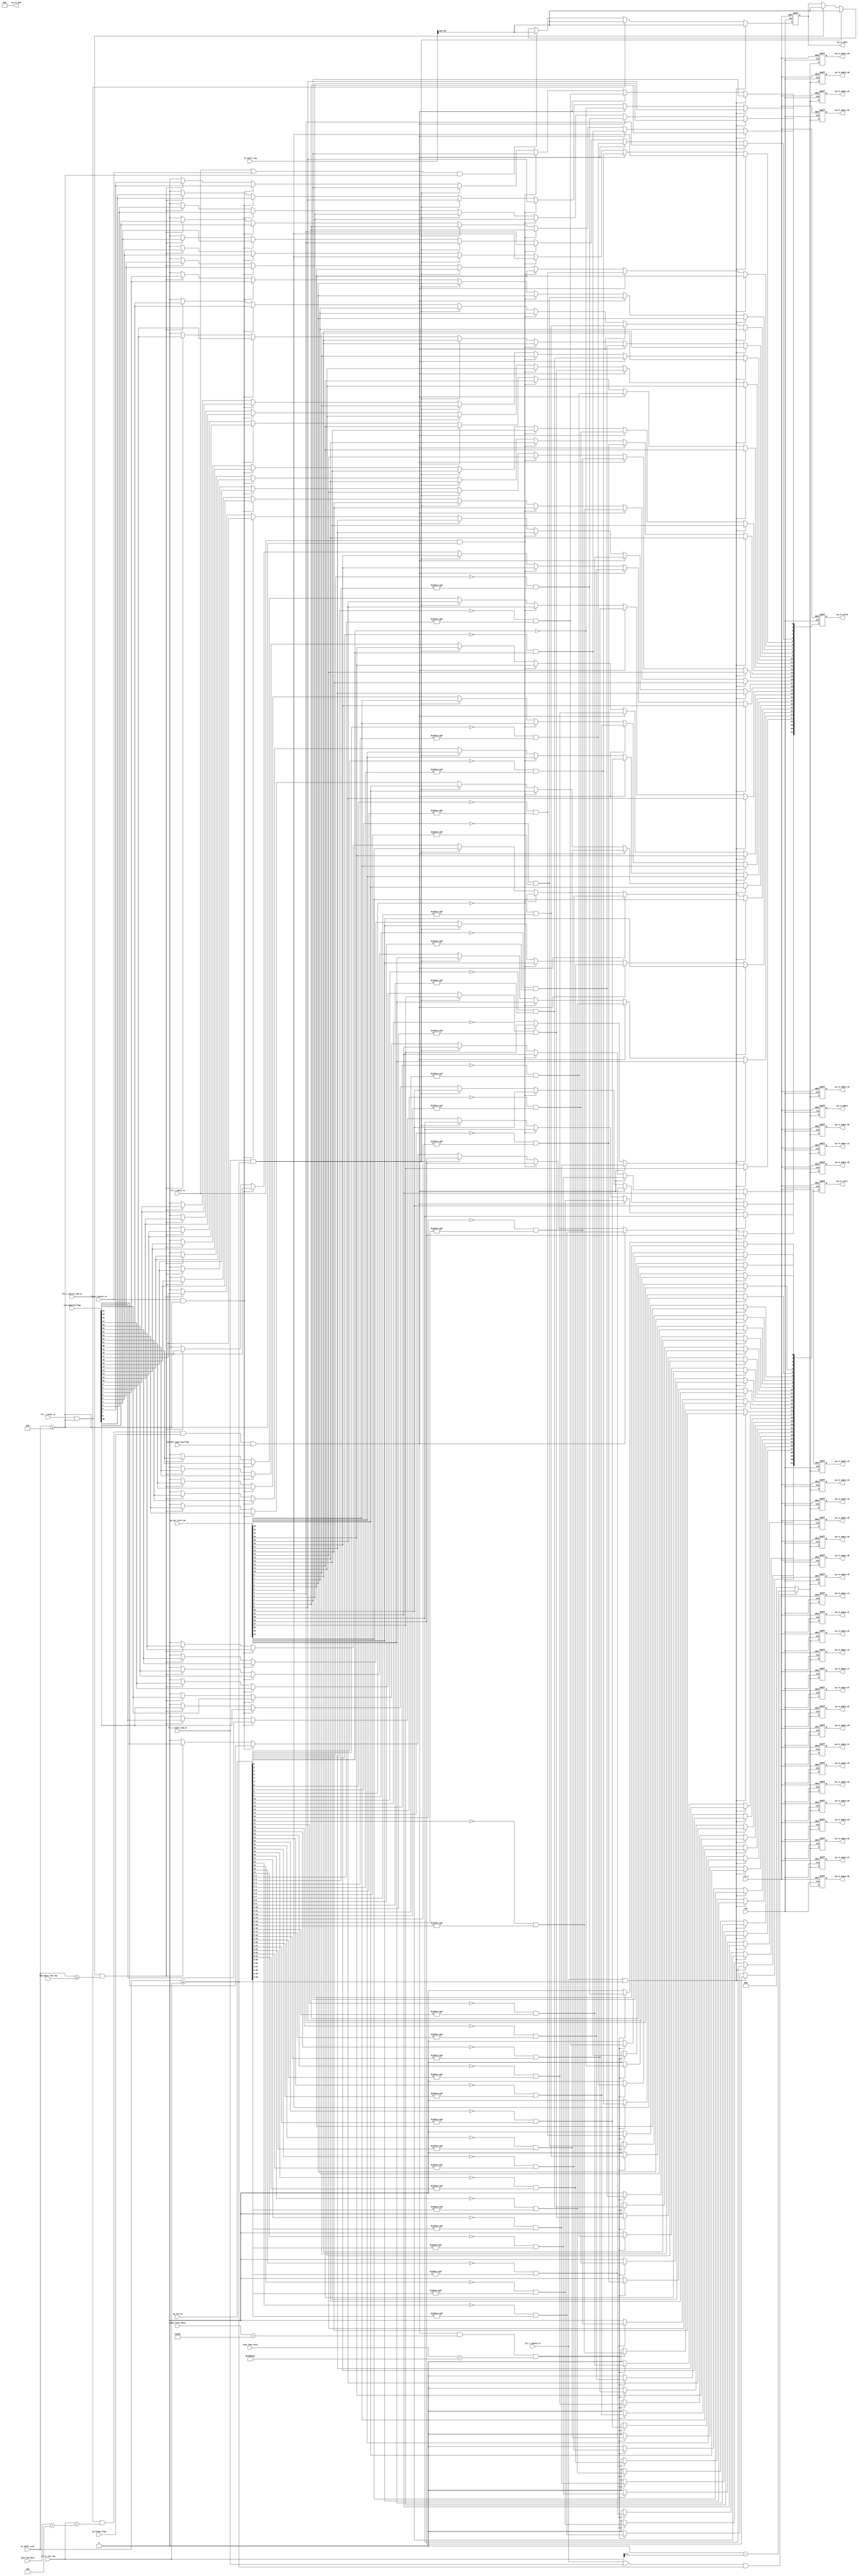

`timescale 1ns/1ns

module fir_cut_out (
sq_cut_on          ,
sq_cut_first_on    ,
tcp_sqmatch_flag   ,
current_sqid_reg_flag ,
sync_len_byte      ,
sync_fisrt_byte    ,
sync_four_byte     ,
sq_rx_start        , 
sq_rx_end          ,
sq_rx_valid        , 
sq_rx_data         , 
sq_rx_empty        ,
sq_rx_empty_01     ,     
sq_rx_empty_02     ,
sq_rx_empty_03     ,
sq_rx_empty_04     ,
sq_rx_empty_05     ,
sq_rx_empty_06     ,
sq_rx_empty_07     ,
sq_rx_empty_08     ,
sq_rx_empty_09     ,
sq_rx_empty_10     ,
sq_rx_empty_11     ,
sq_rx_empty_12     ,
sq_rx_empty_13     ,
sq_rx_empty_14     ,
sq_rx_empty_15     ,
sq_rx_empty_16     ,
sq_rx_empty_17     ,
sq_rx_empty_18     ,
sq_rx_empty_19     ,
sq_rx_empty_20     ,
sq_rx_empty_21     ,
sq_rx_empty_22     ,
sq_rx_empty_23     ,
sq_rx_empty_24     ,
sq_rx_empty_25     ,
sq_rx_empty_26     ,
sq_rx_empty_27     ,
sq_rx_empty_28     ,
sq_rx_empty_29     ,
sq_rx_empty_30     ,
sq_rx_empty_31     ,

fir_r_sqcuth_st     ,
fir_r_vsync_st      ,
fir_r_sqrcut_st     ,
fir_r_sqrcut_end_st ,

fir_r_sqcut_st     ,
fir_r_sqcut_end_st ,
sub_sqcut_len_reg  ,


st_shift_ccnt      ,  
st_rx_cnt_reg      ,
sq_frame_flag      ,
st_shift_reg       ,
clk                ,
rst_n
);

input                      clk              ;
input                      rst_n          ;

input   [31:0]             sq_cut_on          ;
input   [31:0]             sq_cut_first_on    ;
input   [31:0]             tcp_sqmatch_flag   ;

input                      current_sqid_reg_flag ;

output  [31:0]             sq_rx_start        ; 
output  [31:0]             sq_rx_end          ;
output  [31:0]             sq_rx_valid        ; 
output  [63:0]             sq_rx_data         ; 
output  [ 2:0]             sq_rx_empty        ;
output  [ 2:0]             sq_rx_empty_01        ; 
output  [ 2:0]             sq_rx_empty_02        ; 
output  [ 2:0]             sq_rx_empty_03        ; 
output  [ 2:0]             sq_rx_empty_04        ; 
output  [ 2:0]             sq_rx_empty_05        ; 
output  [ 2:0]             sq_rx_empty_06        ; 
output  [ 2:0]             sq_rx_empty_07        ; 
output  [ 2:0]             sq_rx_empty_08        ; 
output  [ 2:0]             sq_rx_empty_09        ; 
output  [ 2:0]             sq_rx_empty_10        ; 
output  [ 2:0]             sq_rx_empty_11        ; 
output  [ 2:0]             sq_rx_empty_12        ; 
output  [ 2:0]             sq_rx_empty_13        ; 
output  [ 2:0]             sq_rx_empty_14        ; 
output  [ 2:0]             sq_rx_empty_15        ; 
output  [ 2:0]             sq_rx_empty_16        ; 
output  [ 2:0]             sq_rx_empty_17        ; 
output  [ 2:0]             sq_rx_empty_18        ; 
output  [ 2:0]             sq_rx_empty_19        ; 
output  [ 2:0]             sq_rx_empty_20        ; 
output  [ 2:0]             sq_rx_empty_21        ; 
output  [ 2:0]             sq_rx_empty_22        ; 
output  [ 2:0]             sq_rx_empty_23        ; 
output  [ 2:0]             sq_rx_empty_24        ; 
output  [ 2:0]             sq_rx_empty_25        ; 
output  [ 2:0]             sq_rx_empty_26        ; 
output  [ 2:0]             sq_rx_empty_27        ; 
output  [ 2:0]             sq_rx_empty_28        ; 
output  [ 2:0]             sq_rx_empty_29        ; 
output  [ 2:0]             sq_rx_empty_30        ;
output  [ 2:0]             sq_rx_empty_31        ; 

 
input                      fir_r_sqcuth_st    ;
input                      fir_r_vsync_st     ;
input                      fir_r_sqrcut_st     ;
input                      fir_r_sqrcut_end_st ;

input   [  5:0]            sub_sqcut_len_reg  ;
input                      fir_r_sqcut_st     ;
input                      fir_r_sqcut_end_st ;



input   [  5:0]            st_shift_ccnt      ;  
input   [ 15:0]            st_rx_cnt_reg      ;
input                      sq_frame_flag      ;
input   [191:0]            st_shift_reg       ;
input   [ 15:0]            sync_len_byte      ;
input   [ 15:0]            sync_fisrt_byte     ;
input   [ 31:0]            sync_four_byte      ;

//output  [15:0]             sq_rx_cnt          ;

//////////////////////////////////////////////////////////////////////////////////////////////////
reg     [31:0]            sq_rx_start        ; 
reg     [31:0]            sq_rx_valid        ; 
reg     [63:0]            sq_rx_data         ; 
reg     [ 2:0]            sq_rx_empty        ; 
reg     [ 2:0]            sq_rx_empty_01        ; 
reg     [ 2:0]            sq_rx_empty_02        ; 
reg     [ 2:0]            sq_rx_empty_03        ; 
reg     [ 2:0]            sq_rx_empty_04        ; 
reg     [ 2:0]            sq_rx_empty_05        ; 
reg     [ 2:0]            sq_rx_empty_06        ; 
reg     [ 2:0]            sq_rx_empty_07        ; 
reg     [ 2:0]            sq_rx_empty_08        ; 
reg     [ 2:0]            sq_rx_empty_09        ; 
reg     [ 2:0]            sq_rx_empty_10        ; 
reg     [ 2:0]            sq_rx_empty_11        ; 
reg     [ 2:0]            sq_rx_empty_12        ; 
reg     [ 2:0]            sq_rx_empty_13        ; 
reg     [ 2:0]            sq_rx_empty_14        ; 
reg     [ 2:0]            sq_rx_empty_15        ; 
reg     [ 2:0]            sq_rx_empty_16        ; 
reg     [ 2:0]            sq_rx_empty_17        ; 
reg     [ 2:0]            sq_rx_empty_18        ; 
reg     [ 2:0]            sq_rx_empty_19        ; 
reg     [ 2:0]            sq_rx_empty_20        ; 
reg     [ 2:0]            sq_rx_empty_21        ; 
reg     [ 2:0]            sq_rx_empty_22        ; 
reg     [ 2:0]            sq_rx_empty_23        ; 
reg     [ 2:0]            sq_rx_empty_24        ; 
reg     [ 2:0]            sq_rx_empty_25        ; 
reg     [ 2:0]            sq_rx_empty_26        ; 
reg     [ 2:0]            sq_rx_empty_27        ; 
reg     [ 2:0]            sq_rx_empty_28        ; 
reg     [ 2:0]            sq_rx_empty_29        ; 
reg     [ 2:0]            sq_rx_empty_30        ;
reg     [ 2:0]            sq_rx_empty_31        ; 



wire   [31:0]             sq_rx_end      = 32'd0     ;

//////////////////////////////////////////////////////////////////////////////////////////////////

always@ ( negedge rst_n  or posedge clk)
begin
  if (~rst_n) begin
      sq_rx_start   <=  32'd0    ;
  end
  else if ( fir_r_sqcuth_st && (st_shift_ccnt>=st_rx_cnt_reg)  ) begin
      sq_rx_start[ 0]   <=     sq_cut_first_on[ 0]; 
	  sq_rx_start[ 1]   <=     sq_cut_first_on[ 1]; 
	  sq_rx_start[ 2]   <=     sq_cut_first_on[ 2]; 
	  sq_rx_start[ 3]   <=     sq_cut_first_on[ 3]; 
	  sq_rx_start[ 4]   <=     sq_cut_first_on[ 4]; 
	  sq_rx_start[ 5]   <=     sq_cut_first_on[ 5]; 
	  sq_rx_start[ 6]   <=     sq_cut_first_on[ 6]; 
	  sq_rx_start[ 7]   <=     sq_cut_first_on[ 7]; 
	  sq_rx_start[ 8]   <=     sq_cut_first_on[ 8]; 
	  sq_rx_start[ 9]   <=     sq_cut_first_on[ 9]; 
	  sq_rx_start[10]   <=     sq_cut_first_on[10]; 
	  sq_rx_start[11]   <=     sq_cut_first_on[11]; 
	  sq_rx_start[12]   <=     sq_cut_first_on[12]; 
	  sq_rx_start[13]   <=     sq_cut_first_on[13]; 
	  sq_rx_start[14]   <=     sq_cut_first_on[14]; 
	  sq_rx_start[15]   <=     sq_cut_first_on[15]; 
	  sq_rx_start[16]   <=     sq_cut_first_on[16]; 
	  sq_rx_start[17]   <=     sq_cut_first_on[17]; 
	  sq_rx_start[18]   <=     sq_cut_first_on[18]; 
	  sq_rx_start[19]   <=     sq_cut_first_on[19]; 
	  sq_rx_start[20]   <=     sq_cut_first_on[20]; 
	  sq_rx_start[21]   <=     sq_cut_first_on[21]; 
	  sq_rx_start[22]   <=     sq_cut_first_on[22]; 
	  sq_rx_start[23]   <=     sq_cut_first_on[23]; 
	  sq_rx_start[24]   <=     sq_cut_first_on[24]; 
	  sq_rx_start[25]   <=     sq_cut_first_on[25]; 
	  sq_rx_start[26]   <=     sq_cut_first_on[26]; 
	  sq_rx_start[27]   <=     sq_cut_first_on[27]; 
	  sq_rx_start[28]   <=     sq_cut_first_on[28]; 
	  sq_rx_start[29]   <=     sq_cut_first_on[29]; 
	  sq_rx_start[30]   <=     sq_cut_first_on[30]; 
	  sq_rx_start[31]   <=     sq_cut_first_on[31]; 
  end
  else if ( fir_r_vsync_st && (st_shift_ccnt>=6'd8) &&   ( st_rx_cnt_reg<(sync_len_byte+16'd4) ) &&  sq_frame_flag &&  current_sqid_reg_flag &&  (sync_fisrt_byte==16'h0200)&&(sync_four_byte==32'h0100_044c)  ) begin
      sq_rx_start[ 0]   <=    ~sq_cut_on[ 0]                       ; 
	  sq_rx_start[ 1]   <=    ~sq_cut_on[ 1] && ( sq_cut_on[   0]) ; 
	  sq_rx_start[ 2]   <=    ~sq_cut_on[ 2] && (&sq_cut_on[ 1:0]) ; 
	  sq_rx_start[ 3]   <=    ~sq_cut_on[ 3] && (&sq_cut_on[ 2:0]) ; 
	  sq_rx_start[ 4]   <=    ~sq_cut_on[ 4] && (&sq_cut_on[ 3:0]) ; 
	  sq_rx_start[ 5]   <=    ~sq_cut_on[ 5] && (&sq_cut_on[ 4:0]) ; 
	  sq_rx_start[ 6]   <=    ~sq_cut_on[ 6] && (&sq_cut_on[ 5:0]) ; 
	  sq_rx_start[ 7]   <=    ~sq_cut_on[ 7] && (&sq_cut_on[ 6:0]) ; 
	  sq_rx_start[ 8]   <=    ~sq_cut_on[ 8] && (&sq_cut_on[ 7:0]) ; 
	  sq_rx_start[ 9]   <=    ~sq_cut_on[ 9] && (&sq_cut_on[ 8:0]) ; 
	  sq_rx_start[10]   <=    ~sq_cut_on[10] && (&sq_cut_on[ 9:0]) ; 
	  sq_rx_start[11]   <=    ~sq_cut_on[11] && (&sq_cut_on[10:0]) ; 
	  sq_rx_start[12]   <=    ~sq_cut_on[12] && (&sq_cut_on[11:0]) ; 
	  sq_rx_start[13]   <=    ~sq_cut_on[13] && (&sq_cut_on[12:0]) ; 
	  sq_rx_start[14]   <=    ~sq_cut_on[14] && (&sq_cut_on[13:0]) ; 
	  sq_rx_start[15]   <=    ~sq_cut_on[15] && (&sq_cut_on[14:0]) ; 
	  sq_rx_start[16]   <=    ~sq_cut_on[16] && (&sq_cut_on[15:0]) ; 
	  sq_rx_start[17]   <=    ~sq_cut_on[17] && (&sq_cut_on[16:0]) ; 
	  sq_rx_start[18]   <=    ~sq_cut_on[18] && (&sq_cut_on[17:0]) ; 
	  sq_rx_start[19]   <=    ~sq_cut_on[19] && (&sq_cut_on[18:0]) ; 
	  sq_rx_start[20]   <=    ~sq_cut_on[20] && (&sq_cut_on[19:0]) ; 
	  sq_rx_start[21]   <=    ~sq_cut_on[21] && (&sq_cut_on[20:0]) ; 
	  sq_rx_start[22]   <=    ~sq_cut_on[22] && (&sq_cut_on[21:0]) ; 
	  sq_rx_start[23]   <=    ~sq_cut_on[23] && (&sq_cut_on[22:0]) ; 
	  sq_rx_start[24]   <=    ~sq_cut_on[24] && (&sq_cut_on[23:0]) ; 
	  sq_rx_start[25]   <=    ~sq_cut_on[25] && (&sq_cut_on[24:0]) ; 
	  sq_rx_start[26]   <=    ~sq_cut_on[26] && (&sq_cut_on[25:0]) ; 
	  sq_rx_start[27]   <=    ~sq_cut_on[27] && (&sq_cut_on[26:0]) ; 
	  sq_rx_start[28]   <=    ~sq_cut_on[28] && (&sq_cut_on[27:0]) ; 
	  sq_rx_start[29]   <=    ~sq_cut_on[29] && (&sq_cut_on[28:0]) ; 
	  sq_rx_start[30]   <=    ~sq_cut_on[30] && (&sq_cut_on[29:0]) ; 
	  sq_rx_start[31]   <=    ~sq_cut_on[31] && (&sq_cut_on[30:0]) ;        
  end 
  else begin
      sq_rx_start   <=  32'd0    ;
  end
end
//sq_rx_valid
always@ ( negedge rst_n  or posedge clk)
begin
  if (~rst_n) begin
      sq_rx_valid   <=  32'd0    ;
  end
  else if ( fir_r_sqcuth_st && (st_shift_ccnt>=st_rx_cnt_reg)  ) begin
	  sq_rx_valid[ 0]   <=     sq_cut_first_on[ 0]; 
	  sq_rx_valid[ 1]   <=     sq_cut_first_on[ 1]; 
	  sq_rx_valid[ 2]   <=     sq_cut_first_on[ 2]; 
	  sq_rx_valid[ 3]   <=     sq_cut_first_on[ 3]; 
	  sq_rx_valid[ 4]   <=     sq_cut_first_on[ 4]; 
	  sq_rx_valid[ 5]   <=     sq_cut_first_on[ 5]; 
	  sq_rx_valid[ 6]   <=     sq_cut_first_on[ 6]; 
	  sq_rx_valid[ 7]   <=     sq_cut_first_on[ 7]; 
	  sq_rx_valid[ 8]   <=     sq_cut_first_on[ 8]; 
	  sq_rx_valid[ 9]   <=     sq_cut_first_on[ 9]; 
	  sq_rx_valid[10]   <=     sq_cut_first_on[10]; 
	  sq_rx_valid[11]   <=     sq_cut_first_on[11]; 
	  sq_rx_valid[12]   <=     sq_cut_first_on[12]; 
	  sq_rx_valid[13]   <=     sq_cut_first_on[13]; 
	  sq_rx_valid[14]   <=     sq_cut_first_on[14]; 
	  sq_rx_valid[15]   <=     sq_cut_first_on[15]; 
	  sq_rx_valid[16]   <=     sq_cut_first_on[16]; 
	  sq_rx_valid[17]   <=     sq_cut_first_on[17]; 
	  sq_rx_valid[18]   <=     sq_cut_first_on[18]; 
	  sq_rx_valid[19]   <=     sq_cut_first_on[19]; 
	  sq_rx_valid[20]   <=     sq_cut_first_on[20]; 
	  sq_rx_valid[21]   <=     sq_cut_first_on[21]; 
	  sq_rx_valid[22]   <=     sq_cut_first_on[22]; 
	  sq_rx_valid[23]   <=     sq_cut_first_on[23]; 
	  sq_rx_valid[24]   <=     sq_cut_first_on[24]; 
	  sq_rx_valid[25]   <=     sq_cut_first_on[25]; 
	  sq_rx_valid[26]   <=     sq_cut_first_on[26]; 
	  sq_rx_valid[27]   <=     sq_cut_first_on[27]; 
	  sq_rx_valid[28]   <=     sq_cut_first_on[28]; 
	  sq_rx_valid[29]   <=     sq_cut_first_on[29]; 
	  sq_rx_valid[30]   <=     sq_cut_first_on[30]; 
	  sq_rx_valid[31]   <=     sq_cut_first_on[31]; 
  end
  else if ( fir_r_vsync_st && (st_shift_ccnt>=6'd8)   &&   ( st_rx_cnt_reg<(sync_len_byte+16'd4) )  &&   sq_frame_flag &&  current_sqid_reg_flag ) begin
	  sq_rx_valid[ 0]   <=    ~sq_cut_on[ 0]                       ; 
	  sq_rx_valid[ 1]   <=    ~sq_cut_on[ 1] && ( sq_cut_on[   0]) ; 
	  sq_rx_valid[ 2]   <=    ~sq_cut_on[ 2] && (&sq_cut_on[ 1:0]) ; 
	  sq_rx_valid[ 3]   <=    ~sq_cut_on[ 3] && (&sq_cut_on[ 2:0]) ; 
	  sq_rx_valid[ 4]   <=    ~sq_cut_on[ 4] && (&sq_cut_on[ 3:0]) ; 
	  sq_rx_valid[ 5]   <=    ~sq_cut_on[ 5] && (&sq_cut_on[ 4:0]) ; 
	  sq_rx_valid[ 6]   <=    ~sq_cut_on[ 6] && (&sq_cut_on[ 5:0]) ; 
	  sq_rx_valid[ 7]   <=    ~sq_cut_on[ 7] && (&sq_cut_on[ 6:0]) ; 
	  sq_rx_valid[ 8]   <=    ~sq_cut_on[ 8] && (&sq_cut_on[ 7:0]) ; 
	  sq_rx_valid[ 9]   <=    ~sq_cut_on[ 9] && (&sq_cut_on[ 8:0]) ; 
	  sq_rx_valid[10]   <=    ~sq_cut_on[10] && (&sq_cut_on[ 9:0]) ; 
	  sq_rx_valid[11]   <=    ~sq_cut_on[11] && (&sq_cut_on[10:0]) ; 
	  sq_rx_valid[12]   <=    ~sq_cut_on[12] && (&sq_cut_on[11:0]) ; 
	  sq_rx_valid[13]   <=    ~sq_cut_on[13] && (&sq_cut_on[12:0]) ; 
	  sq_rx_valid[14]   <=    ~sq_cut_on[14] && (&sq_cut_on[13:0]) ; 
	  sq_rx_valid[15]   <=    ~sq_cut_on[15] && (&sq_cut_on[14:0]) ; 
	  sq_rx_valid[16]   <=    ~sq_cut_on[16] && (&sq_cut_on[15:0]) ; 
	  sq_rx_valid[17]   <=    ~sq_cut_on[17] && (&sq_cut_on[16:0]) ; 
	  sq_rx_valid[18]   <=    ~sq_cut_on[18] && (&sq_cut_on[17:0]) ; 
	  sq_rx_valid[19]   <=    ~sq_cut_on[19] && (&sq_cut_on[18:0]) ; 
	  sq_rx_valid[20]   <=    ~sq_cut_on[20] && (&sq_cut_on[19:0]) ; 
	  sq_rx_valid[21]   <=    ~sq_cut_on[21] && (&sq_cut_on[20:0]) ; 
	  sq_rx_valid[22]   <=    ~sq_cut_on[22] && (&sq_cut_on[21:0]) ; 
	  sq_rx_valid[23]   <=    ~sq_cut_on[23] && (&sq_cut_on[22:0]) ; 
	  sq_rx_valid[24]   <=    ~sq_cut_on[24] && (&sq_cut_on[23:0]) ; 
	  sq_rx_valid[25]   <=    ~sq_cut_on[25] && (&sq_cut_on[24:0]) ; 
	  sq_rx_valid[26]   <=    ~sq_cut_on[26] && (&sq_cut_on[25:0]) ; 
	  sq_rx_valid[27]   <=    ~sq_cut_on[27] && (&sq_cut_on[26:0]) ; 
	  sq_rx_valid[28]   <=    ~sq_cut_on[28] && (&sq_cut_on[27:0]) ; 
	  sq_rx_valid[29]   <=    ~sq_cut_on[29] && (&sq_cut_on[28:0]) ; 
	  sq_rx_valid[30]   <=    ~sq_cut_on[30] && (&sq_cut_on[29:0]) ; 
	  sq_rx_valid[31]   <=    ~sq_cut_on[31] && (&sq_cut_on[30:0]) ; 
  end 
  else if ( fir_r_sqcut_st   && (st_shift_ccnt>=6'd8)   ) begin
      sq_rx_valid[ 0]   <=     sq_cut_first_on[ 0]; 
	  sq_rx_valid[ 1]   <=     sq_cut_first_on[ 1]; 
	  sq_rx_valid[ 2]   <=     sq_cut_first_on[ 2]; 
	  sq_rx_valid[ 3]   <=     sq_cut_first_on[ 3]; 
	  sq_rx_valid[ 4]   <=     sq_cut_first_on[ 4]; 
	  sq_rx_valid[ 5]   <=     sq_cut_first_on[ 5]; 
	  sq_rx_valid[ 6]   <=     sq_cut_first_on[ 6]; 
	  sq_rx_valid[ 7]   <=     sq_cut_first_on[ 7]; 
	  sq_rx_valid[ 8]   <=     sq_cut_first_on[ 8]; 
	  sq_rx_valid[ 9]   <=     sq_cut_first_on[ 9]; 
	  sq_rx_valid[10]   <=     sq_cut_first_on[10]; 
	  sq_rx_valid[11]   <=     sq_cut_first_on[11]; 
	  sq_rx_valid[12]   <=     sq_cut_first_on[12]; 
	  sq_rx_valid[13]   <=     sq_cut_first_on[13]; 
	  sq_rx_valid[14]   <=     sq_cut_first_on[14]; 
	  sq_rx_valid[15]   <=     sq_cut_first_on[15]; 
	  sq_rx_valid[16]   <=     sq_cut_first_on[16]; 
	  sq_rx_valid[17]   <=     sq_cut_first_on[17]; 
	  sq_rx_valid[18]   <=     sq_cut_first_on[18]; 
	  sq_rx_valid[19]   <=     sq_cut_first_on[19]; 
	  sq_rx_valid[20]   <=     sq_cut_first_on[20]; 
	  sq_rx_valid[21]   <=     sq_cut_first_on[21]; 
	  sq_rx_valid[22]   <=     sq_cut_first_on[22]; 
	  sq_rx_valid[23]   <=     sq_cut_first_on[23]; 
	  sq_rx_valid[24]   <=     sq_cut_first_on[24]; 
	  sq_rx_valid[25]   <=     sq_cut_first_on[25]; 
	  sq_rx_valid[26]   <=     sq_cut_first_on[26]; 
	  sq_rx_valid[27]   <=     sq_cut_first_on[27]; 
	  sq_rx_valid[28]   <=     sq_cut_first_on[28]; 
	  sq_rx_valid[29]   <=     sq_cut_first_on[29]; 
	  sq_rx_valid[30]   <=     sq_cut_first_on[30]; 
	  sq_rx_valid[31]   <=     sq_cut_first_on[31]; 
  end 
  else if ( fir_r_sqcut_end_st && (st_shift_ccnt>=st_rx_cnt_reg)   ) begin
      sq_rx_valid[ 0]   <=     sq_cut_first_on[ 0]; 
	  sq_rx_valid[ 1]   <=     sq_cut_first_on[ 1]; 
	  sq_rx_valid[ 2]   <=     sq_cut_first_on[ 2]; 
	  sq_rx_valid[ 3]   <=     sq_cut_first_on[ 3]; 
	  sq_rx_valid[ 4]   <=     sq_cut_first_on[ 4]; 
	  sq_rx_valid[ 5]   <=     sq_cut_first_on[ 5]; 
	  sq_rx_valid[ 6]   <=     sq_cut_first_on[ 6]; 
	  sq_rx_valid[ 7]   <=     sq_cut_first_on[ 7]; 
	  sq_rx_valid[ 8]   <=     sq_cut_first_on[ 8]; 
	  sq_rx_valid[ 9]   <=     sq_cut_first_on[ 9]; 
	  sq_rx_valid[10]   <=     sq_cut_first_on[10]; 
	  sq_rx_valid[11]   <=     sq_cut_first_on[11]; 
	  sq_rx_valid[12]   <=     sq_cut_first_on[12]; 
	  sq_rx_valid[13]   <=     sq_cut_first_on[13]; 
	  sq_rx_valid[14]   <=     sq_cut_first_on[14]; 
	  sq_rx_valid[15]   <=     sq_cut_first_on[15]; 
	  sq_rx_valid[16]   <=     sq_cut_first_on[16]; 
	  sq_rx_valid[17]   <=     sq_cut_first_on[17]; 
	  sq_rx_valid[18]   <=     sq_cut_first_on[18]; 
	  sq_rx_valid[19]   <=     sq_cut_first_on[19]; 
	  sq_rx_valid[20]   <=     sq_cut_first_on[20]; 
	  sq_rx_valid[21]   <=     sq_cut_first_on[21]; 
	  sq_rx_valid[22]   <=     sq_cut_first_on[22]; 
	  sq_rx_valid[23]   <=     sq_cut_first_on[23]; 
	  sq_rx_valid[24]   <=     sq_cut_first_on[24]; 
	  sq_rx_valid[25]   <=     sq_cut_first_on[25]; 
	  sq_rx_valid[26]   <=     sq_cut_first_on[26]; 
	  sq_rx_valid[27]   <=     sq_cut_first_on[27]; 
	  sq_rx_valid[28]   <=     sq_cut_first_on[28]; 
	  sq_rx_valid[29]   <=     sq_cut_first_on[29]; 
	  sq_rx_valid[30]   <=     sq_cut_first_on[30]; 
	  sq_rx_valid[31]   <=     sq_cut_first_on[31]; 
  end
  else if ( fir_r_sqrcut_st  && (st_shift_ccnt>=6'd8)   ) begin
	  sq_rx_valid[ 0]   <=  tcp_sqmatch_flag[ 0] ;
	  sq_rx_valid[ 1]   <=  tcp_sqmatch_flag[ 1] ;
	  sq_rx_valid[ 2]   <=  tcp_sqmatch_flag[ 2] ;
	  sq_rx_valid[ 3]   <=  tcp_sqmatch_flag[ 3] ;
	  sq_rx_valid[ 4]   <=  tcp_sqmatch_flag[ 4] ;
	  sq_rx_valid[ 5]   <=  tcp_sqmatch_flag[ 5] ;
	  sq_rx_valid[ 6]   <=  tcp_sqmatch_flag[ 6] ;
	  sq_rx_valid[ 7]   <=  tcp_sqmatch_flag[ 7] ;
	  sq_rx_valid[ 8]   <=  tcp_sqmatch_flag[ 8] ;
	  sq_rx_valid[ 9]   <=  tcp_sqmatch_flag[ 9] ;
	  sq_rx_valid[10]   <=  tcp_sqmatch_flag[10] ;
	  sq_rx_valid[11]   <=  tcp_sqmatch_flag[11] ;
	  sq_rx_valid[12]   <=  tcp_sqmatch_flag[12] ;
	  sq_rx_valid[13]   <=  tcp_sqmatch_flag[13] ;
	  sq_rx_valid[14]   <=  tcp_sqmatch_flag[14] ;
	  sq_rx_valid[15]   <=  tcp_sqmatch_flag[15] ;
	  sq_rx_valid[16]   <=  tcp_sqmatch_flag[16] ;
	  sq_rx_valid[17]   <=  tcp_sqmatch_flag[17] ;
	  sq_rx_valid[18]   <=  tcp_sqmatch_flag[18] ;
	  sq_rx_valid[19]   <=  tcp_sqmatch_flag[19] ;
	  sq_rx_valid[20]   <=  tcp_sqmatch_flag[20] ;
	  sq_rx_valid[21]   <=  tcp_sqmatch_flag[21] ;
	  sq_rx_valid[22]   <=  tcp_sqmatch_flag[22] ;
	  sq_rx_valid[23]   <=  tcp_sqmatch_flag[23] ;
	  sq_rx_valid[24]   <=  tcp_sqmatch_flag[24] ;
	  sq_rx_valid[25]   <=  tcp_sqmatch_flag[25] ;
	  sq_rx_valid[26]   <=  tcp_sqmatch_flag[26] ;
	  sq_rx_valid[27]   <=  tcp_sqmatch_flag[27] ;
	  sq_rx_valid[28]   <=  tcp_sqmatch_flag[28] ;
	  sq_rx_valid[29]   <=  tcp_sqmatch_flag[29] ;
	  sq_rx_valid[30]   <=  tcp_sqmatch_flag[30] ;
	  sq_rx_valid[31]   <=  tcp_sqmatch_flag[31] ;
  end 
  else if ( fir_r_sqrcut_end_st && (st_shift_ccnt>= sub_sqcut_len_reg[5:0]   )   ) begin
	  sq_rx_valid[ 0]   <=  tcp_sqmatch_flag[ 0] ;
	  sq_rx_valid[ 1]   <=  tcp_sqmatch_flag[ 1] ;
	  sq_rx_valid[ 2]   <=  tcp_sqmatch_flag[ 2] ;
	  sq_rx_valid[ 3]   <=  tcp_sqmatch_flag[ 3] ;
	  sq_rx_valid[ 4]   <=  tcp_sqmatch_flag[ 4] ;
	  sq_rx_valid[ 5]   <=  tcp_sqmatch_flag[ 5] ;
	  sq_rx_valid[ 6]   <=  tcp_sqmatch_flag[ 6] ;
	  sq_rx_valid[ 7]   <=  tcp_sqmatch_flag[ 7] ;
	  sq_rx_valid[ 8]   <=  tcp_sqmatch_flag[ 8] ;
	  sq_rx_valid[ 9]   <=  tcp_sqmatch_flag[ 9] ;
	  sq_rx_valid[10]   <=  tcp_sqmatch_flag[10] ;
	  sq_rx_valid[11]   <=  tcp_sqmatch_flag[11] ;
	  sq_rx_valid[12]   <=  tcp_sqmatch_flag[12] ;
	  sq_rx_valid[13]   <=  tcp_sqmatch_flag[13] ;
	  sq_rx_valid[14]   <=  tcp_sqmatch_flag[14] ;
	  sq_rx_valid[15]   <=  tcp_sqmatch_flag[15] ;
	  sq_rx_valid[16]   <=  tcp_sqmatch_flag[16] ;
	  sq_rx_valid[17]   <=  tcp_sqmatch_flag[17] ;
	  sq_rx_valid[18]   <=  tcp_sqmatch_flag[18] ;
	  sq_rx_valid[19]   <=  tcp_sqmatch_flag[19] ;
	  sq_rx_valid[20]   <=  tcp_sqmatch_flag[20] ;
	  sq_rx_valid[21]   <=  tcp_sqmatch_flag[21] ;
	  sq_rx_valid[22]   <=  tcp_sqmatch_flag[22] ;
	  sq_rx_valid[23]   <=  tcp_sqmatch_flag[23] ;
	  sq_rx_valid[24]   <=  tcp_sqmatch_flag[24] ;
	  sq_rx_valid[25]   <=  tcp_sqmatch_flag[25] ;
	  sq_rx_valid[26]   <=  tcp_sqmatch_flag[26] ;
	  sq_rx_valid[27]   <=  tcp_sqmatch_flag[27] ;
	  sq_rx_valid[28]   <=  tcp_sqmatch_flag[28] ;
	  sq_rx_valid[29]   <=  tcp_sqmatch_flag[29] ;
	  sq_rx_valid[30]   <=  tcp_sqmatch_flag[30] ;
	  sq_rx_valid[31]   <=  tcp_sqmatch_flag[31] ;
  end

  else begin
      sq_rx_valid   <=  32'd0    ;
  end
end
//sq_rx_data
wire    [63: 0]  sq_rx_data_wire   =   st_shift_reg[127+64:64+64];
always@ ( negedge rst_n  or posedge clk)
begin
  if (~rst_n) begin
      sq_rx_data   <=  64'd0    ;
  end

 else if ( fir_r_sqcuth_st && (st_shift_ccnt>=st_rx_cnt_reg)  ) begin
      sq_rx_data   <=  sq_rx_data_wire ;
  end
//  else if ( fir_r_vsync_st && (st_shift_ccnt>=6'd8) && sq_frame_flag &&  current_sqid_reg_flag    &&   ( st_rx_cnt_reg<(sync_len_byte+16'd4) )  ) begin
  else if ( fir_r_vsync_st && (st_shift_ccnt>=6'd8)  ) begin  
    sq_rx_data   <=  sq_rx_data_wire ;
  end   
  else if ( ( fir_r_sqcut_st || fir_r_sqrcut_st)  && (st_shift_ccnt>=6'd8)   ) begin
      sq_rx_data   <=  sq_rx_data_wire ;
  end 
  else if ( fir_r_sqcut_end_st && (st_shift_ccnt>=st_rx_cnt_reg)   ) begin
      sq_rx_data   <=  sq_rx_data_wire ;
  end
//  else if ( fir_r_sqrcut_end_st && (st_shift_ccnt>=  sub_sqcut_len_reg[5:0]  )   ) begin
  else if ( fir_r_sqrcut_end_st   ) begin  
      sq_rx_data   <=  sq_rx_data_wire ;
  end

end
//sq_rx_empty
always@ ( negedge rst_n  or posedge clk)
begin
  if (~rst_n) begin
      sq_rx_empty       <=  3'd0    ;
      sq_rx_empty_01    <=  3'd0    ;      
      sq_rx_empty_02    <=  3'd0    ;
      sq_rx_empty_03    <=  3'd0    ;
      sq_rx_empty_04    <=  3'd0    ;
      sq_rx_empty_05    <=  3'd0    ;
      sq_rx_empty_06    <=  3'd0    ;
      sq_rx_empty_07    <=  3'd0    ;
      sq_rx_empty_08    <=  3'd0    ;
      sq_rx_empty_09    <=  3'd0    ;
      sq_rx_empty_10    <=  3'd0    ;
      sq_rx_empty_11    <=  3'd0    ;
      sq_rx_empty_12    <=  3'd0    ;
      sq_rx_empty_13    <=  3'd0    ;
      sq_rx_empty_14    <=  3'd0    ;
      sq_rx_empty_15    <=  3'd0    ;
      sq_rx_empty_16    <=  3'd0    ;
      sq_rx_empty_17    <=  3'd0    ;
      sq_rx_empty_18    <=  3'd0    ;
      sq_rx_empty_19    <=  3'd0    ;
      sq_rx_empty_20    <=  3'd0    ;
      sq_rx_empty_21    <=  3'd0    ;
      sq_rx_empty_22    <=  3'd0    ;
      sq_rx_empty_23    <=  3'd0    ;
      sq_rx_empty_24    <=  3'd0    ;
      sq_rx_empty_25    <=  3'd0    ;
      sq_rx_empty_26    <=  3'd0    ;
      sq_rx_empty_27    <=  3'd0    ;
      sq_rx_empty_28    <=  3'd0    ;
      sq_rx_empty_29    <=  3'd0    ;
      sq_rx_empty_30    <=  3'd0    ;
      sq_rx_empty_31    <=  3'd0    ;
  end
  else if ( (fir_r_sqcuth_st || fir_r_sqcut_end_st) && (st_shift_ccnt>=st_rx_cnt_reg)  ) begin
      sq_rx_empty       <=  4'd8  -  st_rx_cnt_reg[3:0]    ;
      sq_rx_empty_01    <=  4'd8  -  st_rx_cnt_reg[3:0]    ;      
      sq_rx_empty_02    <=  4'd8  -  st_rx_cnt_reg[3:0]    ;
      sq_rx_empty_03    <=  4'd8  -  st_rx_cnt_reg[3:0]    ;
      sq_rx_empty_04    <=  4'd8  -  st_rx_cnt_reg[3:0]    ;
      sq_rx_empty_05    <=  4'd8  -  st_rx_cnt_reg[3:0]    ;
      sq_rx_empty_06    <=  4'd8  -  st_rx_cnt_reg[3:0]    ;
      sq_rx_empty_07    <=  4'd8  -  st_rx_cnt_reg[3:0]    ;
      sq_rx_empty_08    <=  4'd8  -  st_rx_cnt_reg[3:0]    ;
      sq_rx_empty_09    <=  4'd8  -  st_rx_cnt_reg[3:0]    ;
      sq_rx_empty_10    <=  4'd8  -  st_rx_cnt_reg[3:0]    ;
      sq_rx_empty_11    <=  4'd8  -  st_rx_cnt_reg[3:0]    ;
      sq_rx_empty_12    <=  4'd8  -  st_rx_cnt_reg[3:0]    ;
      sq_rx_empty_13    <=  4'd8  -  st_rx_cnt_reg[3:0]    ;
      sq_rx_empty_14    <=  4'd8  -  st_rx_cnt_reg[3:0]    ;
      sq_rx_empty_15    <=  4'd8  -  st_rx_cnt_reg[3:0]    ;
      sq_rx_empty_16    <=  4'd8  -  st_rx_cnt_reg[3:0]    ;
      sq_rx_empty_17    <=  4'd8  -  st_rx_cnt_reg[3:0]    ;
      sq_rx_empty_18    <=  4'd8  -  st_rx_cnt_reg[3:0]    ;
      sq_rx_empty_19    <=  4'd8  -  st_rx_cnt_reg[3:0]    ;
      sq_rx_empty_20    <=  4'd8  -  st_rx_cnt_reg[3:0]    ;
      sq_rx_empty_21    <=  4'd8  -  st_rx_cnt_reg[3:0]    ;
      sq_rx_empty_22    <=  4'd8  -  st_rx_cnt_reg[3:0]    ;
      sq_rx_empty_23    <=  4'd8  -  st_rx_cnt_reg[3:0]    ;
      sq_rx_empty_24    <=  4'd8  -  st_rx_cnt_reg[3:0]    ;
      sq_rx_empty_25    <=  4'd8  -  st_rx_cnt_reg[3:0]    ;
      sq_rx_empty_26    <=  4'd8  -  st_rx_cnt_reg[3:0]    ;
      sq_rx_empty_27    <=  4'd8  -  st_rx_cnt_reg[3:0]    ;
      sq_rx_empty_28    <=  4'd8  -  st_rx_cnt_reg[3:0]    ;
      sq_rx_empty_29    <=  4'd8  -  st_rx_cnt_reg[3:0]    ;
      sq_rx_empty_30    <=  4'd8  -  st_rx_cnt_reg[3:0]    ;
      sq_rx_empty_31    <=  4'd8  -  st_rx_cnt_reg[3:0]    ;
  end 
  else begin
      sq_rx_empty   <=  3'd0    ;
      sq_rx_empty_01    <=  3'd0    ;      
      sq_rx_empty_02    <=  3'd0    ;
      sq_rx_empty_03    <=  3'd0    ;
      sq_rx_empty_04    <=  3'd0    ;
      sq_rx_empty_05    <=  3'd0    ;
      sq_rx_empty_06    <=  3'd0    ;
      sq_rx_empty_07    <=  3'd0    ;
      sq_rx_empty_08    <=  3'd0    ;
      sq_rx_empty_09    <=  3'd0    ;
      sq_rx_empty_10    <=  3'd0    ;
      sq_rx_empty_11    <=  3'd0    ;
      sq_rx_empty_12    <=  3'd0    ;
      sq_rx_empty_13    <=  3'd0    ;
      sq_rx_empty_14    <=  3'd0    ;
      sq_rx_empty_15    <=  3'd0    ;
      sq_rx_empty_16    <=  3'd0    ;
      sq_rx_empty_17    <=  3'd0    ;
      sq_rx_empty_18    <=  3'd0    ;
      sq_rx_empty_19    <=  3'd0    ;
      sq_rx_empty_20    <=  3'd0    ;
      sq_rx_empty_21    <=  3'd0    ;
      sq_rx_empty_22    <=  3'd0    ;
      sq_rx_empty_23    <=  3'd0    ;
      sq_rx_empty_24    <=  3'd0    ;
      sq_rx_empty_25    <=  3'd0    ;
      sq_rx_empty_26    <=  3'd0    ;
      sq_rx_empty_27    <=  3'd0    ;
      sq_rx_empty_28    <=  3'd0    ;
      sq_rx_empty_29    <=  3'd0    ;
      sq_rx_empty_30    <=  3'd0    ;
      sq_rx_empty_31    <=  3'd0    ;
  end
end
/////////////////////////////////////////////////////////////////////////////////////
// reg     [15:0]     sq_rx_len    ;
// always@ ( negedge rst_n  or posedge clk)
// begin
  // if (~rst_n) begin
      // sq_rx_len   <=  16'd81    ;
  // end
  // else if ( sq_rx_start && sq_rx_valid ) begin
      // sq_rx_len   <=   16'd81    ;
  // end 
// end
//reg     [15:0]     sq_rx_cnt    ;
//always@ ( negedge rst_n  or posedge clk)
//begin
//  if (~rst_n) begin
//      sq_rx_cnt   <=  16'd0    ;
//  end
//  else if (sq_rx_start && sq_rx_valid) begin
//      sq_rx_cnt   <=  16'd8 - sq_rx_empty ;
//  end
//  else if ( sq_rx_valid ) begin
//      sq_rx_cnt   <=  sq_rx_cnt +  16'd8 - sq_rx_empty ;
//  end 
//end






endmodule